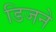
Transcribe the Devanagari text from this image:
डिजने